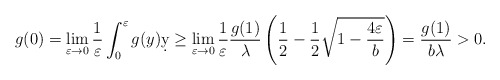
\begin{align*} g(0) &= \lim_{\varepsilon \to 0} \frac{1}{\varepsilon} \int_0^\varepsilon g(y)\d y \geq \lim_{\varepsilon \to 0} \frac{1}{\varepsilon} \frac{g(1)}{\lambda} \left(\frac{1}{2}-\frac{1}{2} \sqrt{1-\frac{4 \varepsilon }{b}}\right) = \frac{g(1)}{b\lambda} >0.\end{align*}